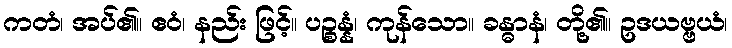
ကတံ၊ အပ်၏။ ဧဝံ၊ နည်း ဖြင့်။ ပဉ္စန္နံ၊ ကုန်သော။ ခန္ဓာနံ၊ တို့၏။ ဥဒယဗ္ဗယံ၊